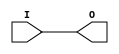
module X_BUF (O, I);

  output O;
  input I;

  buf (O, I);

  specify

	(I => O) = (0:0:0,  0:0:0);
	specparam PATHPULSE$ = 0;

  endspecify

endmodule